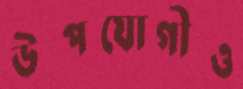
উপযোগীও